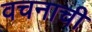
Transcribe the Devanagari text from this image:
वचनाची